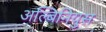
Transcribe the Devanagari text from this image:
अल्बिनियुस